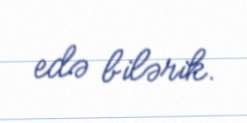
edə bilərik.